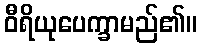
ဝီရိယုပေက္ခာမည်၏။